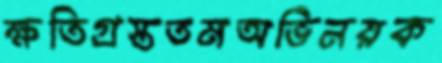
ক্ষতিগ্রস্ততমঅভিনয়ক